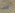
قبل